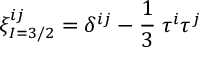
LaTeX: \xi _ { I = 3 / 2 } ^ { i j } = \delta ^ { i j } - \frac { 1 } { 3 } \; \tau ^ { i } \tau ^ { j }